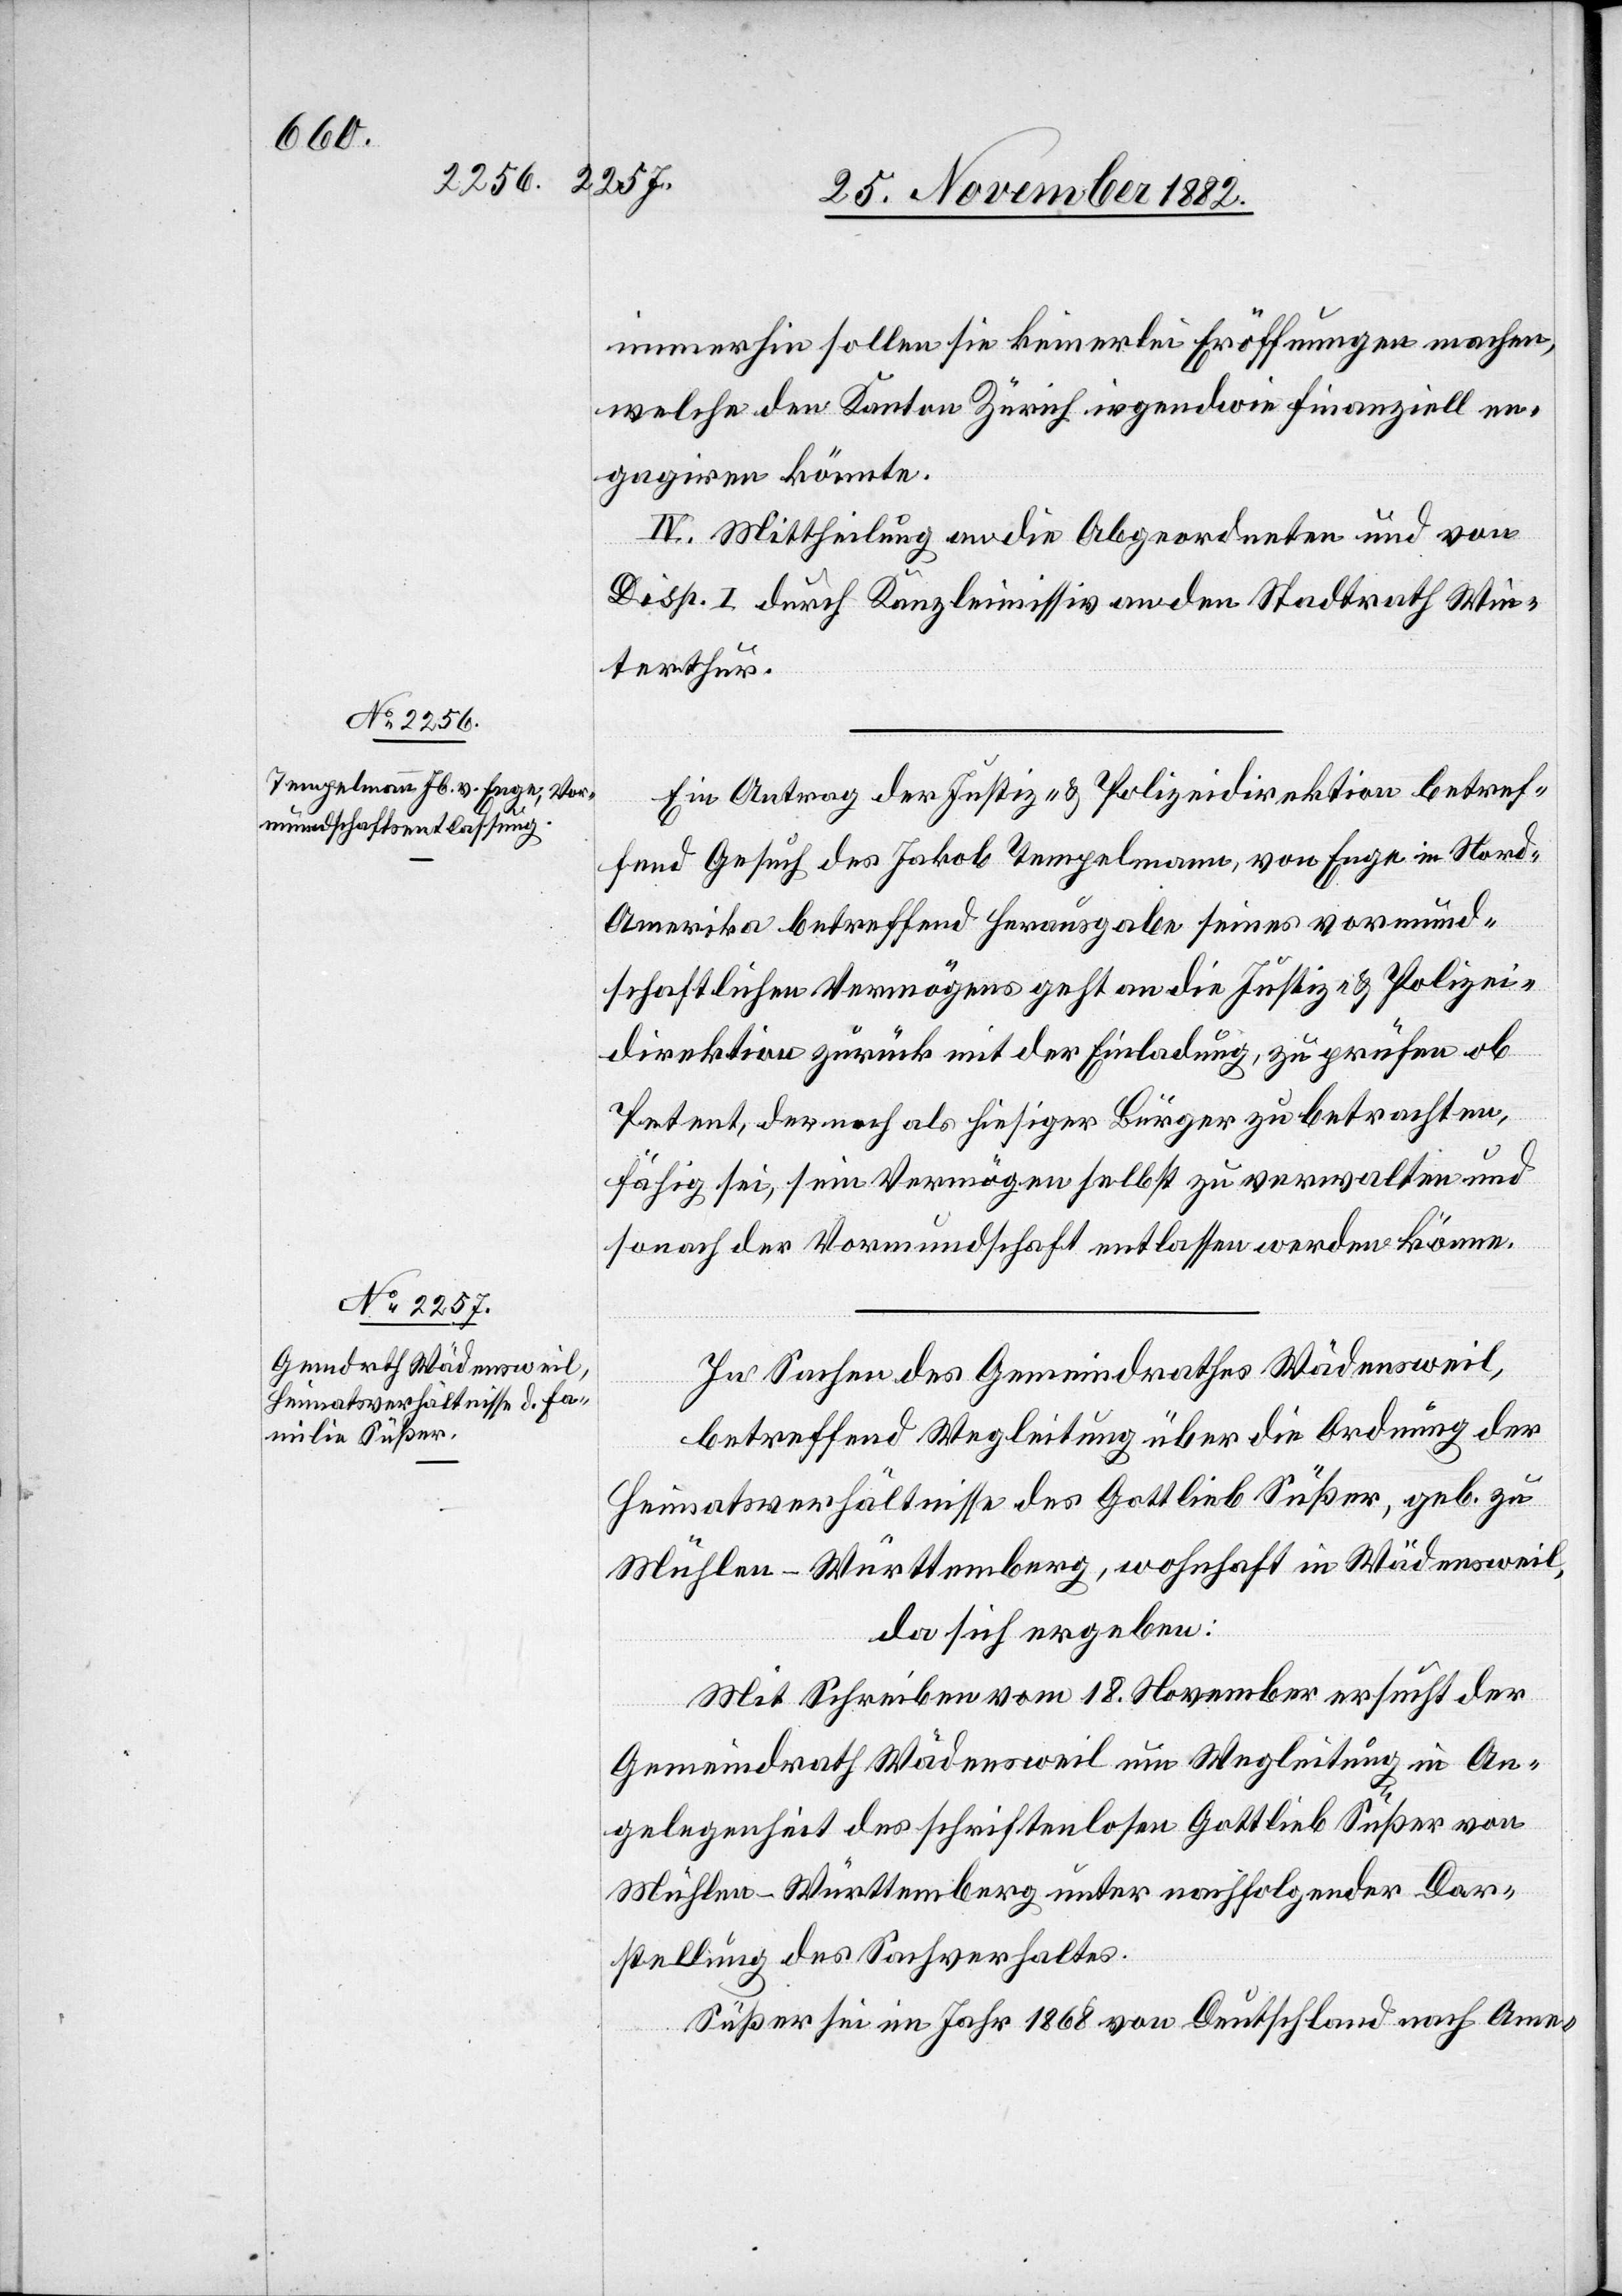
immerhin sollen sie keinerlei Eröffnungen machen,
welche den Kanton Zürich irgendwie finanziell en¬
gagiren könnte[n].
IV. Mittheilung an die Abgeordneten und von
Disp. I durch Kanzleimissiv an den Stadtrath Win¬
terthur.
Ein Antrag der Justiz- & Polizeidirektion betref¬
fend Gesuch des Jakob Tempelmann, von Enge in Nord¬
amerika betreffend Herausgabe seines vormund¬
schaftlichen Vermögens geht an die Justiz- & Polizei¬
direktion zurück mit der Einladung, zu prüfen ob
Petent, der noch als hiesiger Bürger zu betrachten,
fähig sei, sein Vermögen selbst zu verwalten und
sonach der Vormundschaft entlassen werden könne.
In Sachen des Gemeindrathes Wädensweil,
betreffend Wegleitung über die Ordnung der
Heimatsverhältnisse des Gottlieb Süßer, geb. zu
Mühlen - Württemberg, wohnhaft in Wädensweil,
da sich ergeben:
Mit Schreiben vom 18. November ersucht der
Gemeindrath Wädensweil um Wegleitung in An¬
gelegenheit des schriftenlosen Gottlieb Süßer von
Mühlen - Württemberg unter nachfolgender Dar¬
stellung des Sachverhaltes.
Süßer sei im Jahr 1868 von Deutschland nach Ame-